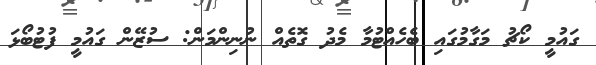
ގައުމީ ކޯޗު މަގާމުގައި ބެހެއްޓުމާ މެދު ގޮތެއް ނުނިންމަން: ސުޒޭން ގައުމީ ފުޓުބޯޅަ